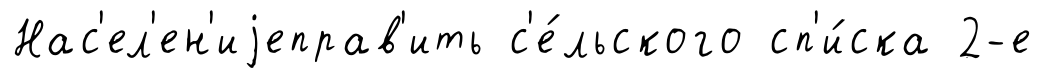
Нас'ел'ен'иjеправ'ить с'е́льского сп'и́ска 2-е